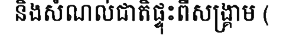
និងសំណល់ជាតិផ្ទុះពីសង្គ្រាម (